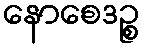
နောစေဒဉ္စ